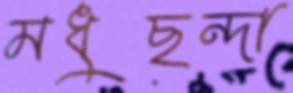
মধুছন্দা